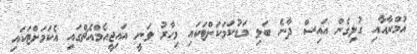
އުމްރާއާއި ގުޅިގެން އައިސް ދާނެ ބަލި މަޑުކަމަކަށްޓަކައި މިހާރު ވަނީ އައިޖީއެމްއެޗްގައި އެކަމަށްޓަކައި